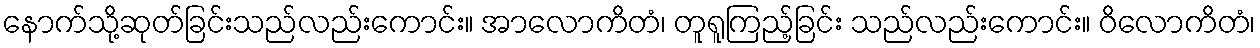
နောက်သို့ဆုတ်ခြင်းသည်လည်းကောင်း။ အာလောကိတံ၊ တူရူကြည့်ခြင်း သည်လည်းကောင်း။ ဝိလောကိတံ၊